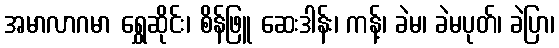
အမာလာဂမာ ရွှေဆိုင်း၊ စိန်ဖြူ ဆေးဒါန်း၊ ကန့်၊ ခဲမ၊ ခဲမပုတ်၊ ခဲပြာ၊